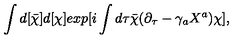
\int d [ { \bar { \chi } } ] d [ \chi ] e x p [ i \int d \tau { \bar { \chi } } ( \partial _ { \tau } - \gamma _ { a } X ^ { a } ) \chi ] ,